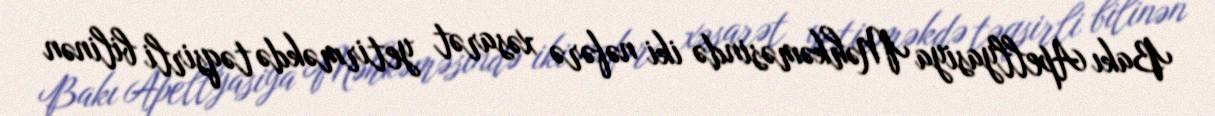
Bakı Apellyasiya Məhkəməsində iki nəfərə xəsarət yetirməkdə təqsirli bilinən